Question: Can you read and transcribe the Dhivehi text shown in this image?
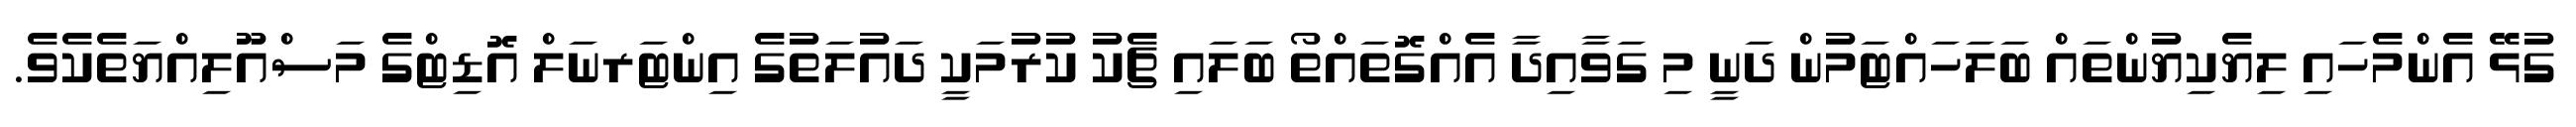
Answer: ގުޅޭ އެންމެހައި ލިޔެކިޔުންތައް ބަލަހައްޓަމުން ދަނީ މި ގަވާއިދާ އެއްގޮތައްތޯ ބަލައި ޗެކު ކުރުމަކީ ދައުލަތުގެ އިންޓަރނަލް އޮޑިޓްގެ މަސްއޫލިއްޔަތެކެވެ.